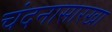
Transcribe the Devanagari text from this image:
चंदनासारखा